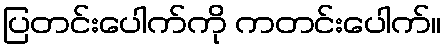
ပြတင်းပေါက်ကို ကတင်းပေါက်။